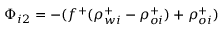
\Phi _ { i 2 } = - ( f ^ { + } ( \rho _ { w i } ^ { + } - \rho _ { o i } ^ { + } ) + \rho _ { o i } ^ { + } )